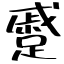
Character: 蹙